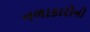
નળાકારોનો